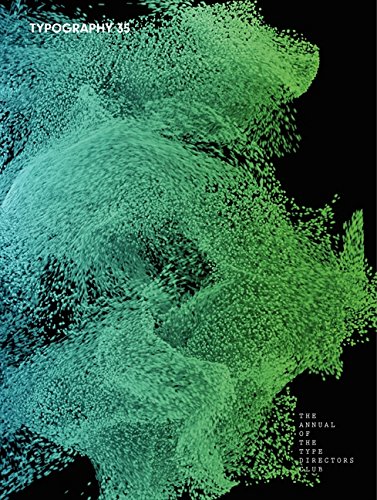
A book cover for Typography 35; Type Directors Club; Arts & Photography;